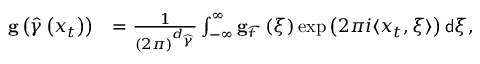
\begin{array} { r l } { \mathbf { g } \left( \widehat { \gamma } \left( x _ { t } \right) \right) } & { = \frac { 1 } { \left( 2 \pi \right) ^ { d _ { \widehat { \gamma } } } } \int _ { - \infty } ^ { \infty } \mathbf { g } _ { \mathcal { F } } \left( \xi \right) \exp \left( 2 \pi i \langle x _ { t } , \xi \rangle \right) \mathsf { d } \xi , } \end{array}